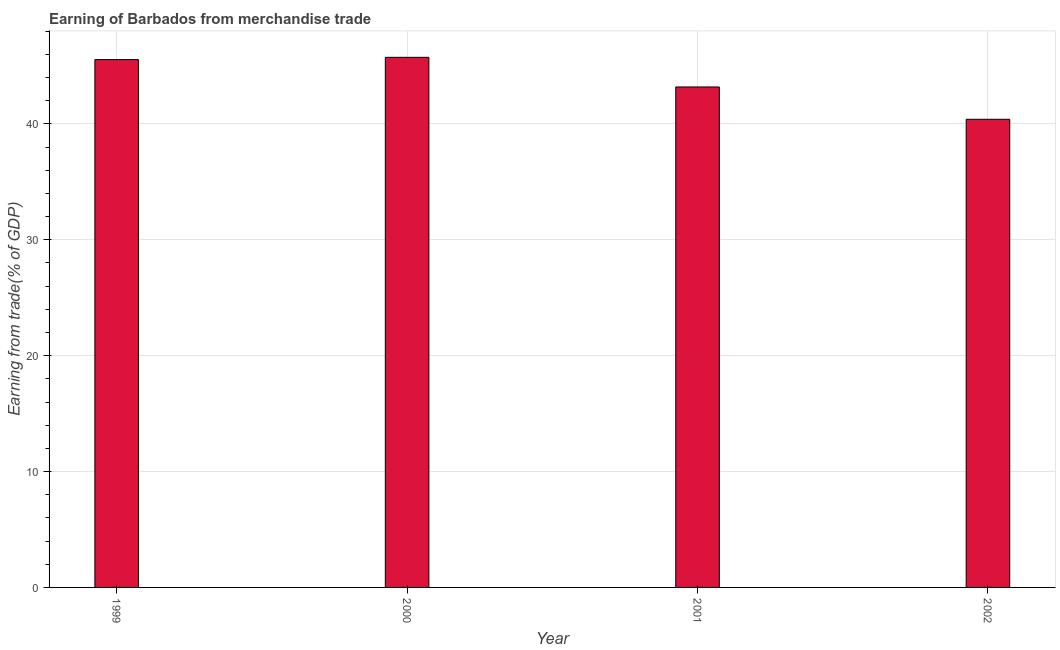
| Year | Merchandise trade |
 | --- | --- |
 | 1999 | 45.6 |
 | 2000 | 45.7 |
 | 2001 | 43.2 |
 | 2002 | 40.4 |